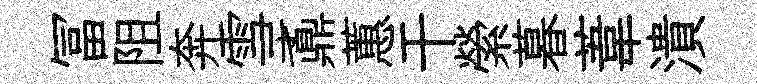
冨阻奔雪鼒蕙干縈暮葦潰